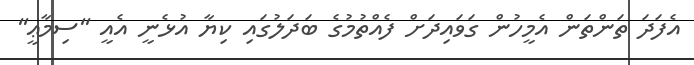
އެފަދަ ތަންތަން އެމީހުން ގަވައިދަށް ފެއްތުމުގެ ބަދަލުގައި ކިޔާ އުޅެނީ އެއީ ''ސިމާޢީ''